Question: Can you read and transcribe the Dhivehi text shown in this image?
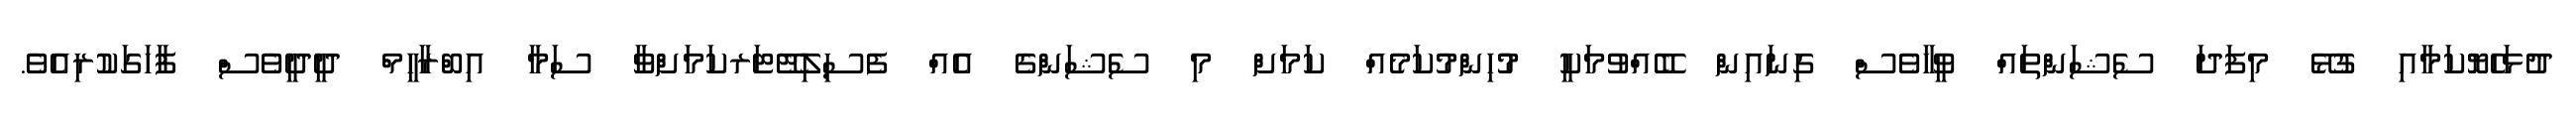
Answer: ދުޅަހެޔޮކަމާއި ގުޅޭ މިފަދަ ސެޝަންތައް ވީހާވެސް ގިނައިން ބޭއްވުމަކީ މުުހިންމުކަމެއް ކަމަށް މި ސެޝަންގެ އެއް ފެސިލިޓޭޓަރކަމަށްވާ ސަމާ އިބްރާހީމް ދީދީވެސް ފާހަގަކުރިއެވެ.